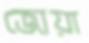
জোয়া